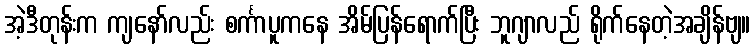
အဲ့ဒီတုန်းက ကျနော်လည်း စင်္ကာပူကနေ အိမ်ပြန်ရောက်ပြီး ဘူဂျာလည် ရိုက်နေတဲ့အချိန်ဗျ။